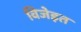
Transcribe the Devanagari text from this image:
विजेइत